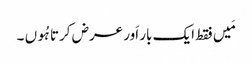
مَیں فقط ایک بار اَور عرض کرتا ہُوں ۔